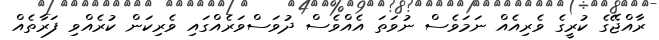
ރާއްޖޭގެ ކުރީގެ ވެރިއެއް ނަމަވެސް ނުވަތަ އެއްވެސް ދުވަސްވަރެއްގައި ވެރިކަން ކުރެއްވި ފަރާތެއް